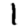
Digit: 1